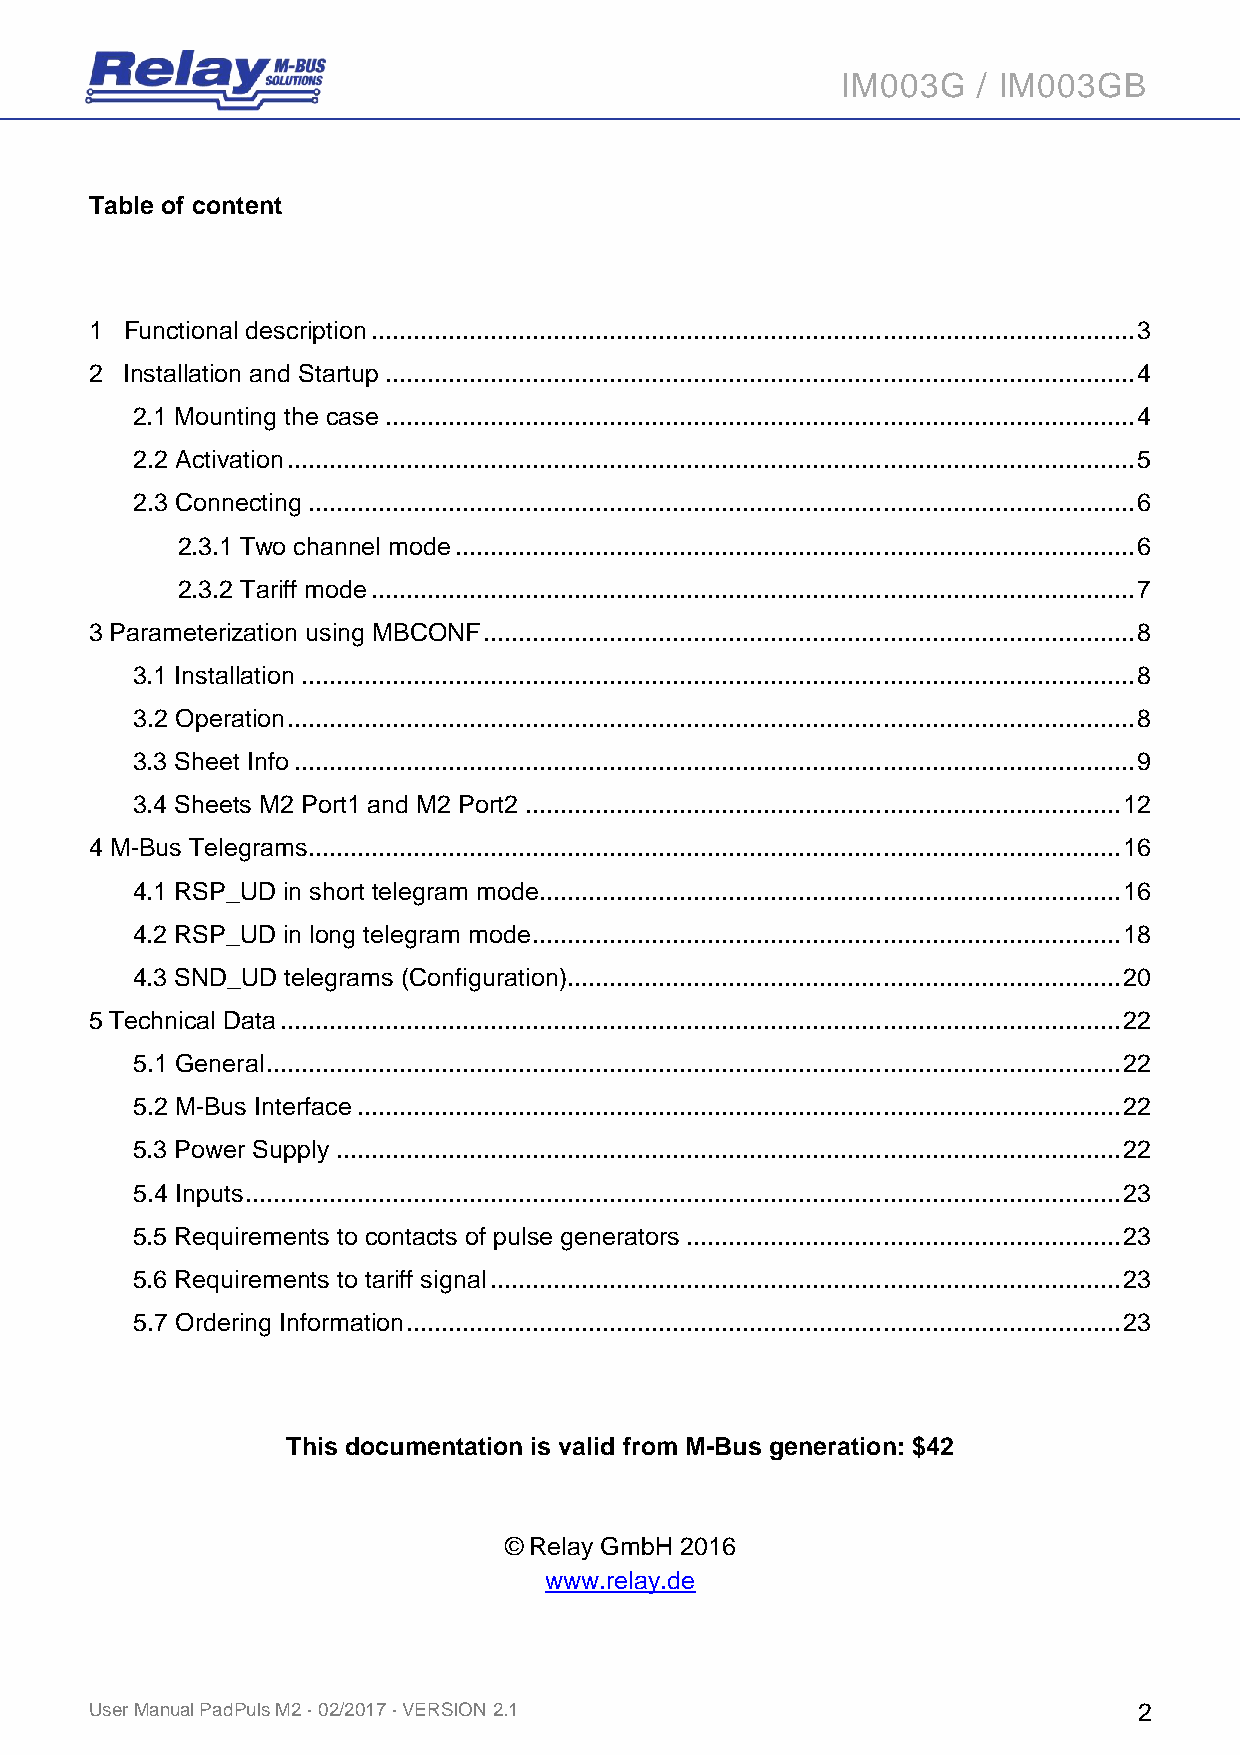
IM003G   / IM003GB
 Table of content
 1 Functional description ............................................................................................................. 3
 2 Installation and Startup ........................................................................................................... 4
 2.1 Mounting the case ........................................................................................................... 4
 2.2 Activation ......................................................................................................................... 5
 2.3 Connecting ...................................................................................................................... 6
 2.3.1 Two channel mode ................................................................................................. 6
 2.3.2 Tariff mode ............................................................................................................. 7
 3 Parameterization using MBCONF ............................................................................................. 8
 3.1 Installation ....................................................................................................................... 8
 3.2 Operation ......................................................................................................................... 8
 3.3 Sheet Info ........................................................................................................................ 9
 3.4 Sheets M2 Port1 and M2 Port2 ..................................................................................... 12
 4 M-Bus Telegrams .................................................................................................................... 16
 4.1 RSP_UD in short telegram mode................................................................................... 16
 4.2 RSP_UD in long telegram mode .................................................................................... 18
 4.3 SND_UD telegrams (Configuration) ............................................................................... 20
 5 Technical Data ........................................................................................................................ 22
 5.1 General .......................................................................................................................... 22
 5.2 M-Bus Interface ............................................................................................................. 22
 5.3 Power Supply ................................................................................................................ 22
 5.4 Inputs ............................................................................................................................. 23
 5.5 Requirements to contacts of pulse generators .............................................................. 23
 5.6 Requirements to tariff signal .......................................................................................... 23
 5.7 Ordering Information ...................................................................................................... 23
 This documentation is valid from M-Bus generation: $42
 © Relay GmbH 2016
 www.relay.de
 User Manual PadPuls M2 · 02/2017 · VERSION 2.1                       2